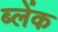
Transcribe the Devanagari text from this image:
ब्लेंक